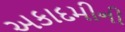
અકાદમીની